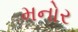
મનોર